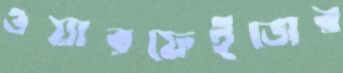
ওয়ারফেইজের